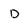
Character: D